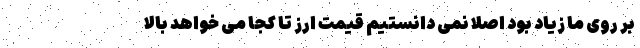
بر روی ما زیاد بود اصلا نمی دانستیم قیمت ارز تا کجا می خواهد بالا